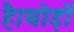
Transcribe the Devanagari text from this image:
है।घोड़ों